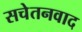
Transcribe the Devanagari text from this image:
सचेतनवाद